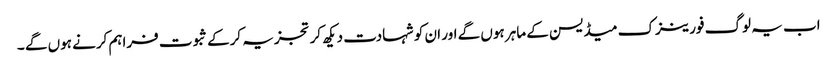
اب یہ لوگ فورینزک میڈیسن کے ماہر ہوں گے اور ان کو شہادت دیکھ کر تجزیہ کرکے ثبوت فراہم کرنے ہوں گے ۔